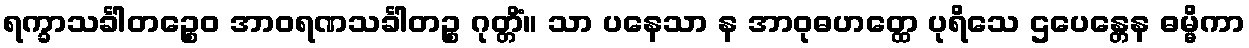
ရက္ခာသင်္ခါတဉ္စေဝ အာဝရဏသင်္ခါတဉ္စ ဂုတ္တိံ။ သာ ပနေသာ န အာဝုဓဟတ္ထေ ပုရိသေ ဌပေန္တေန ဓမ္မိကာ